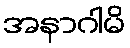
အနာဂါမိ